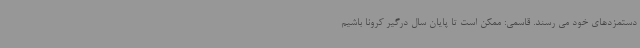
دستمزدهای خود می رسند. قاسمی: ممکن است تا پایان سال درگیر کرونا باشیم